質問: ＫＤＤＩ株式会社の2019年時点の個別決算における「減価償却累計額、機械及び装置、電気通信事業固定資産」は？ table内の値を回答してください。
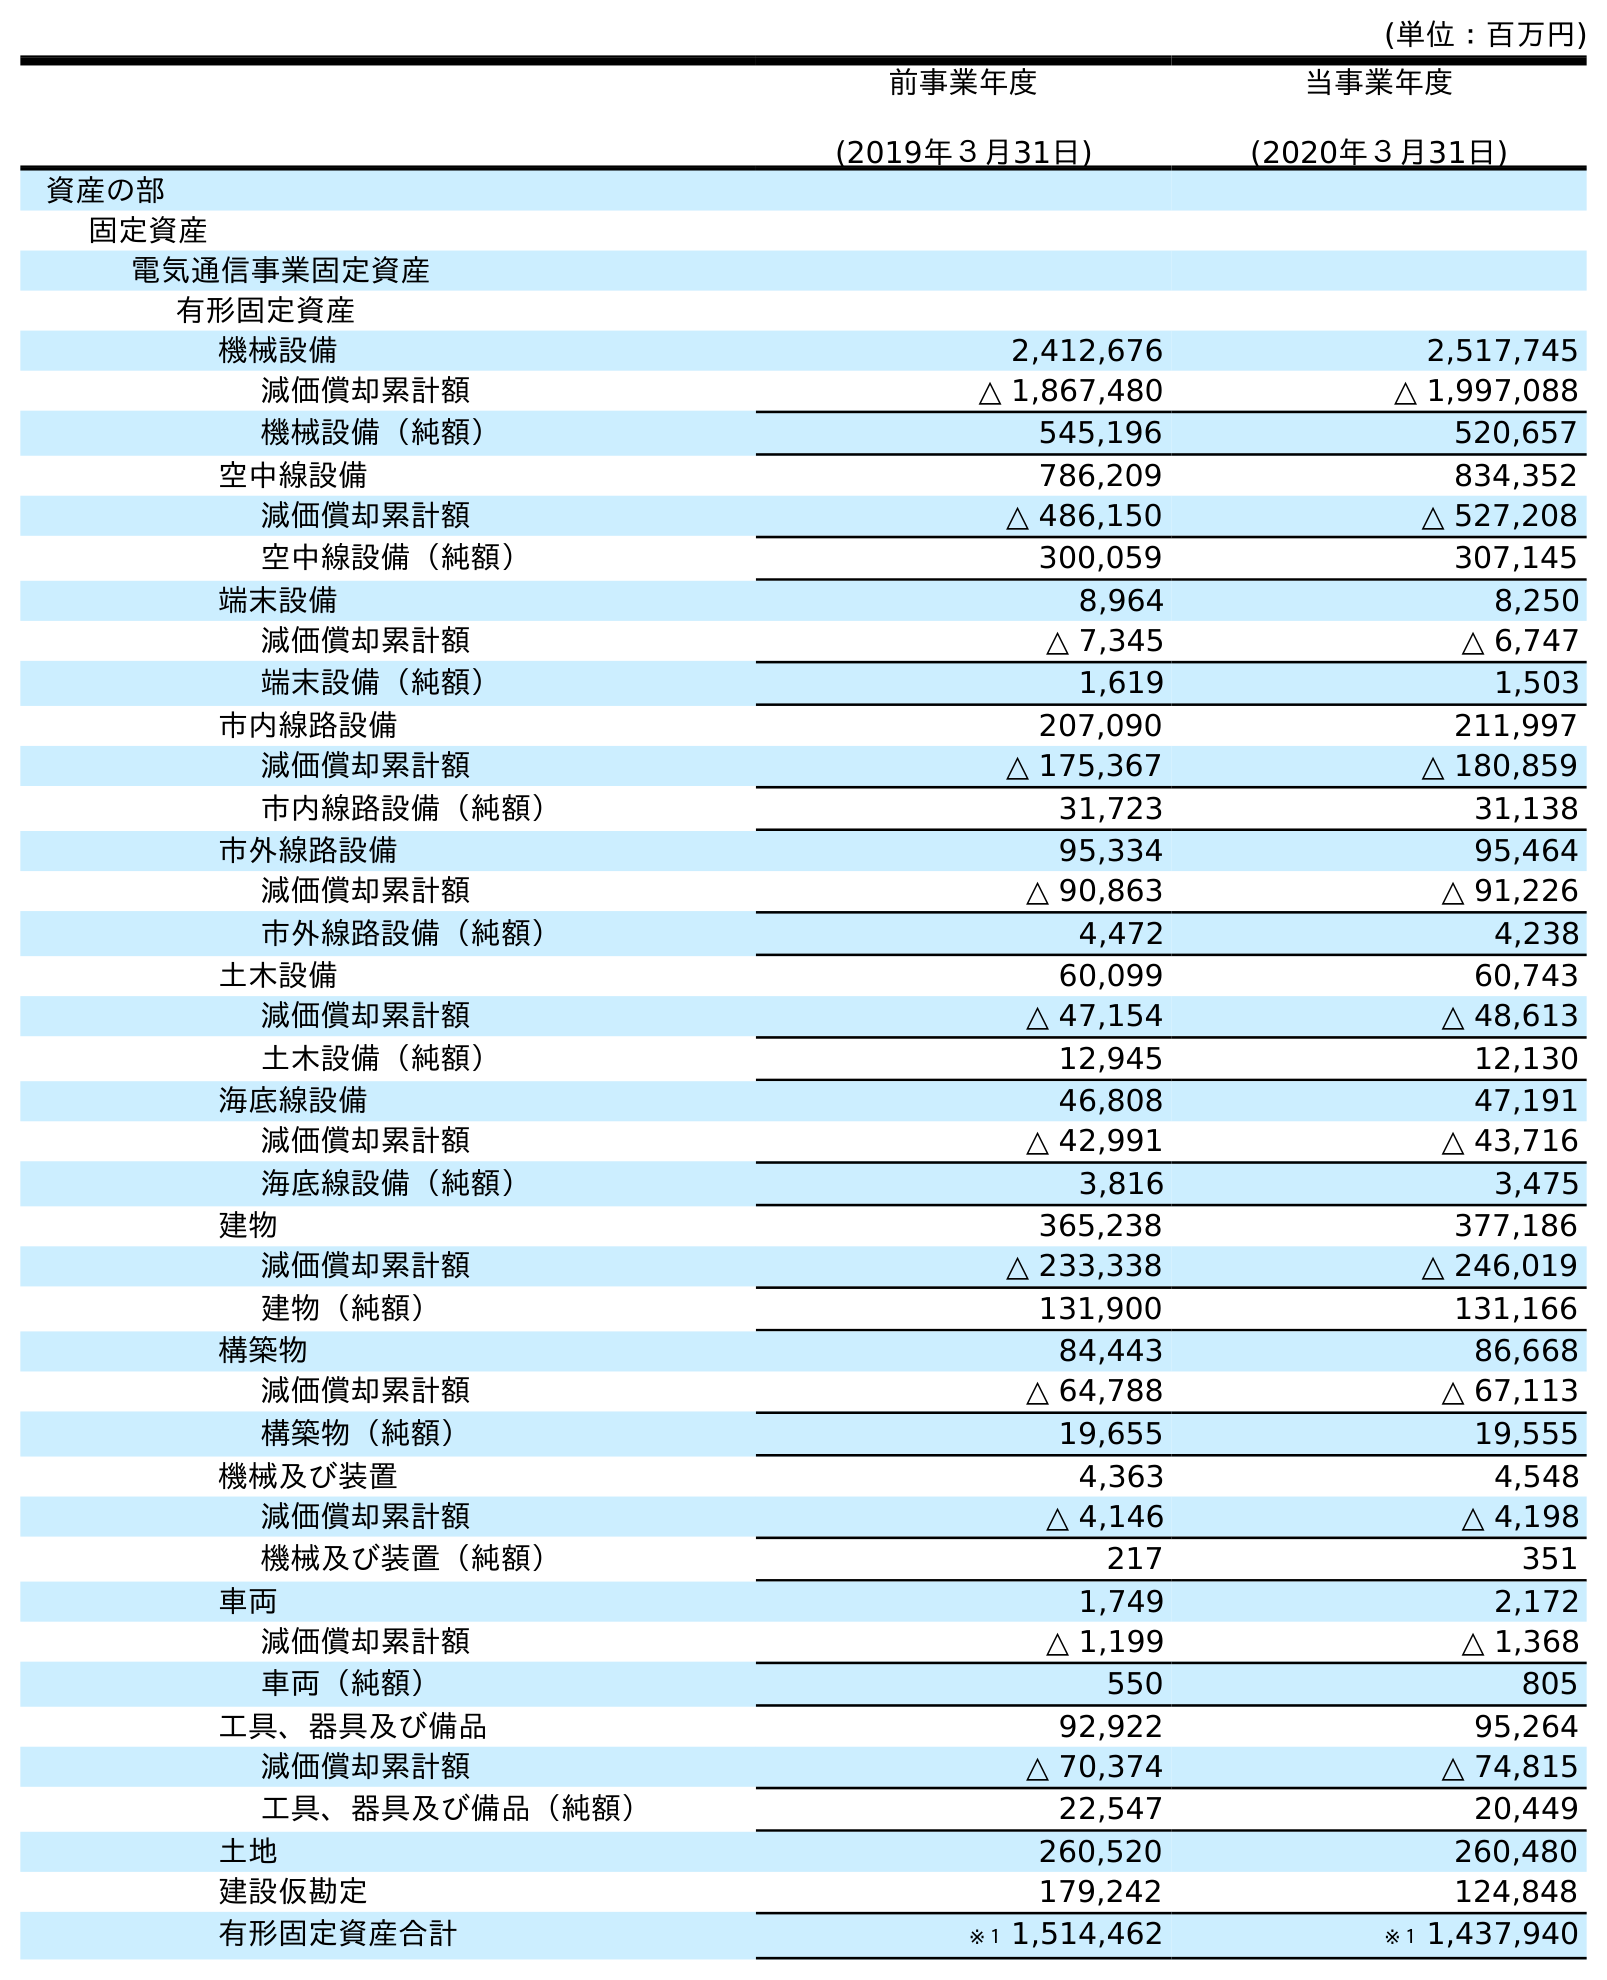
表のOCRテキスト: (単位：百万円) 前事業年度 (2019年３月31日) 当事業年度 (2020年３月31日) 資産の部 固定資産 電気通信事業固定資産 有形固定資産 機械設備 2,412,676 2,517,745 減価償却累計額 △ 1,867,480 △ 1,997,088 機械設備（純額） 545,196 520,657 空中線設備 786,209 834,352 減価償却累計額 △ 486,150 △ 527,208 空中線設備（純額） 300,059 307,145 端末設備 8,964 8,250 減価償却累計額 △ 7,345 △ 6,747 端末設備（純額） 1,619 1,503 市内線路設備 207,090 211,997 減価償却累計額 △ 175,367 △ 180,859 市内線路設備（純額） 31,723 31,138 市外線路設備 95,334 95,464 減価償却累計額 △ 90,863 △ 91,226 市外線路設備（純額） 4,472 4,238 土木設備 60,099 60,743 減価償却累計額 △ 47,154 △ 48,613 土木設備（純額） 12,945 12,130 海底線設備 46,808 47,191 減価償却累計額 △ 42,991 △ 43,716 海底線設備（純額） 3,816 3,475 建物 365,238 377,186 減価償却累計額 △ 233,338 △ 246,019 建物（純額） 131,900 131,166 構築物 84,443 86,668 減価償却累計額 △ 64,788 △ 67,113 構築物（純額） 19,655 19,555 機械及び装置 4,363 4,548 減価償却累計額 △ 4,146 △ 4,198 機械及び装置（純額） 217 351 車両 1,749 2,172 減価償却累計額 △ 1,199 △ 1,368 車両（純額） 550 805 工具、器具及び備品 92,922 95,264 減価償却累計額 △ 70,374 △ 74,815 工具、器具及び備品（純額） 22,547 20,449 土地 260,520 260,480 建設仮勘定 179,242 124,848 有形固定資産合計 ※１ 1,514,462 ※１ 1,437,940
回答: △4,146